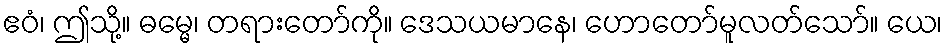
ဧဝံ၊ ဤသို့။ ဓမ္မေ၊ တရားတော်ကို။ ဒေသယမာနေ၊ ဟောတော်မူလတ်သော်။ ယေ၊